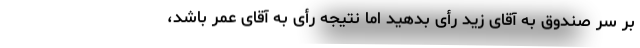
بر سر صندوق به آقای زید رأی بدهید اما نتیجه رأی به آقای عمر باشد،